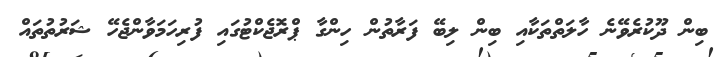
ބިން ދޫކުރެވޭނެ ހާލަތްތަކާއި ބިން ލިބޭ ފަރާތުން ހިންގާ ޕްރޮޖެކްޓުގައި ފުރިހަމަވާންޖެހޭ ޝަރުތުތައް